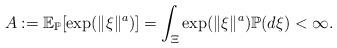
LaTeX: \begin{align*} A:=\mathbb{E}_\mathbb{P}[\exp(\|\xi\|^a)]= \int_{\Xi}\exp(\|\xi\|^a) \mathbb{P}(d\xi) < \infty. \end{align*}